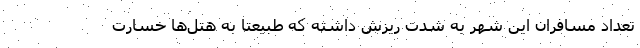
تعداد مسافران این شهر به شدت ریزش داشته که طبیعتا به هتل‌ها خسارت